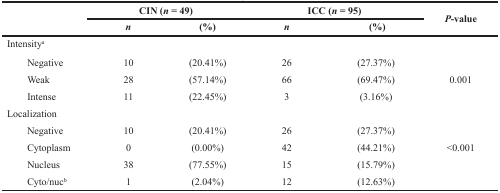
<table><thead><tr><td rowspan="2"></td><td colspan="2"><b>CIN (<i>n</i> = 49)</b></td><td colspan="2"><b>ICC (<i>n</i> = 95)</b></td><td rowspan="2"><b><i>P</i>-value</b></td></tr><tr><td><b><i>n</i></b></td><td><b>(%)</b></td><td><b><i>n</i></b></td><td><b>(%)</b></td></tr></thead><tbody><tr><td>Intensity<sup>a</sup></td><td></td><td></td><td></td><td></td><td></td></tr><tr><td> Negative</td><td>10</td><td>(20.41%)</td><td>26</td><td>(27.37%)</td><td></td></tr><tr><td> Weak</td><td>28</td><td>(57.14%)</td><td>66</td><td>(69.47%)</td><td>0.001</td></tr><tr><td> Intense</td><td>11</td><td>(22.45%)</td><td>3</td><td>(3.16%)</td><td></td></tr><tr><td>Localization</td><td></td><td></td><td></td><td></td><td></td></tr><tr><td> Negative</td><td>10</td><td>(20.41%)</td><td>26</td><td>(27.37%)</td><td></td></tr><tr><td> Cytoplasm</td><td>0</td><td>(0.00%)</td><td>42</td><td>(44.21%)</td><td>˂0.001</td></tr><tr><td> Nucleus</td><td>38</td><td>(77.55%)</td><td>15</td><td>(15.79%)</td><td></td></tr><tr><td> Cyto/nuc<sup>b</sup></td><td>1</td><td>(2.04%)</td><td>12</td><td>(12.63%)</td><td></td></tr></tbody></table>